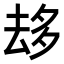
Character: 𠫾